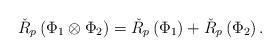
LaTeX: \begin{align*}\check{R}_{p}\left( \Phi _{1}\otimes \Phi _{2}\right) =\check{R}_{p}\left(\Phi _{1}\right) +\check{R}_{p}\left( \Phi _{2}\right) . \end{align*}